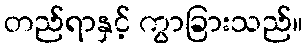
တည်ရာနှင့် ကွာခြားသည်။